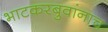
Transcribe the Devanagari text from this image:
भाटकरबुवांनाच